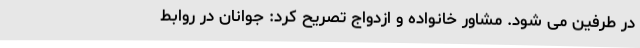
در طرفین می شود. مشاور خانواده و ازدواج تصریح کرد: جوانان در روابط